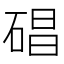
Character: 𥓥